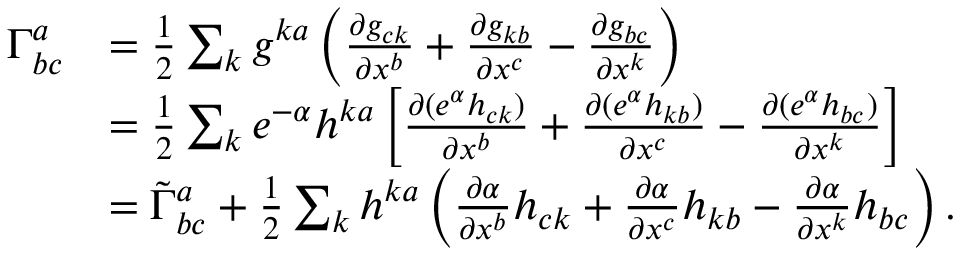
\begin{array} { r l } { \Gamma _ { b c } ^ { a } } & { = \frac { 1 } { 2 } \sum _ { k } g ^ { k a } \left( \frac { \partial g _ { c k } } { \partial x ^ { b } } + \frac { \partial g _ { k b } } { \partial x ^ { c } } - \frac { \partial g _ { b c } } { \partial x ^ { k } } \right) } \\ & { = \frac { 1 } { 2 } \sum _ { k } e ^ { - \alpha } h ^ { k a } \left[ \frac { \partial ( e ^ { \alpha } h _ { c k } ) } { \partial x ^ { b } } + \frac { \partial ( e ^ { \alpha } h _ { k b } ) } { \partial x ^ { c } } - \frac { \partial ( e ^ { \alpha } h _ { b c } ) } { \partial x ^ { k } } \right] } \\ & { = \tilde { \Gamma } _ { b c } ^ { a } + \frac { 1 } { 2 } \sum _ { k } h ^ { k a } \left( \frac { \partial \alpha } { \partial x ^ { b } } h _ { c k } + \frac { \partial \alpha } { \partial x ^ { c } } h _ { k b } - \frac { \partial \alpha } { \partial x ^ { k } } h _ { b c } \right) . } \end{array}